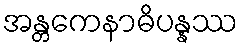
အန္တကေနာဓိပန္နဿ